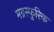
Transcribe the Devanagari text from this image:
मग्नस्फुरिक